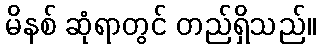
မိနစ် ဆုံရာတွင် တည်ရှိသည်။